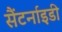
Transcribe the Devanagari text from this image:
सैंटर्नाइडी